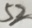
5 2